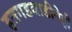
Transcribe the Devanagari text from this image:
हतगडवाडीनेही